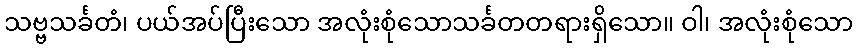
သဗ္ဗသင်္ခတံ၊ ပယ်အပ်ပြီးသော အလုံးစုံသောသင်္ခတတရားရှိသော။ ဝါ၊ အလုံးစုံသော